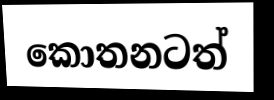
කොතනටත්